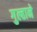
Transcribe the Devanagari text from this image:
गुल्हाने